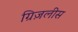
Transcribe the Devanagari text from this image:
ग्रिज़लीस